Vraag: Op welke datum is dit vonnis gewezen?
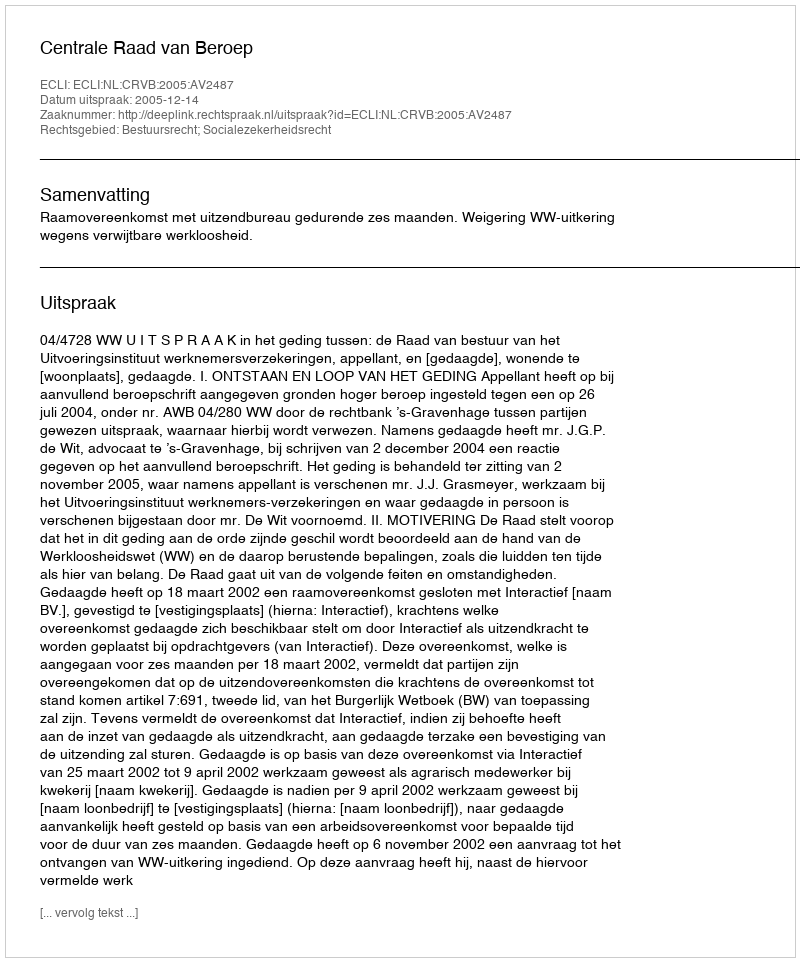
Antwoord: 2005-12-14